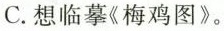
C.想临摹《梅鸡图》。